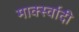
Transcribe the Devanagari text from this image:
मार्क्स्वादी